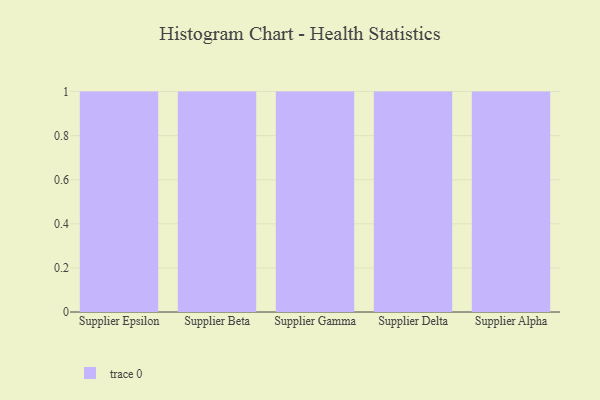
{"axis": {"x": "Supplier", "y": "Budget (USD K)"}, "legend": [""], "data": [{"x": "Supplier Epsilon", "y": 70, "type": ""}, {"x": "Supplier Beta", "y": 22, "type": ""}, {"x": "Supplier Gamma", "y": 77, "type": ""}, {"x": "Supplier Delta", "y": 90, "type": ""}, {"x": "Supplier Alpha", "y": 38, "type": ""}]}